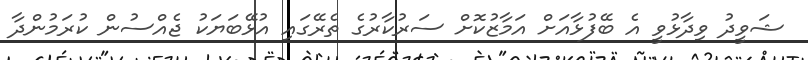
ޝަވީދު ވިދާޅުވީ އެ ބޭފުޅާއަށް އަމާޒުކޮށް ސަރުކާރުގެ ތެރޭގައި އުޅޭބަޔަކު ޖެއްސުން ކުރަމުންދާ